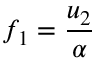
f _ { 1 } = \frac { u _ { 2 } } { \alpha }